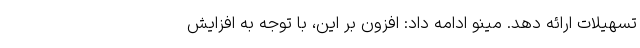
تسهیلات ارائه دهد. مینو ادامه داد: افزون بر این، با توجه به افزایش